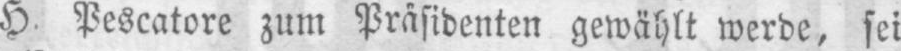
H. Pescatore zum Präsidenten gewählt werde, sei